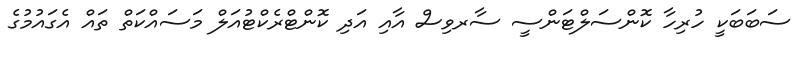
ސަބަބަކީ ހުރިހާ ކޮންސަލްޓަންސީ ސާރވިސް އާއި އަދި ކޮންޓްރެކްޓުއަލް މަސައްކަތް ތައް އެގައުމުގެ